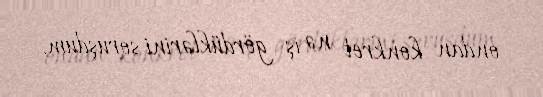
ondan konkret nə iş gördüklərini soruşdum.